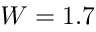
W = 1 . 7